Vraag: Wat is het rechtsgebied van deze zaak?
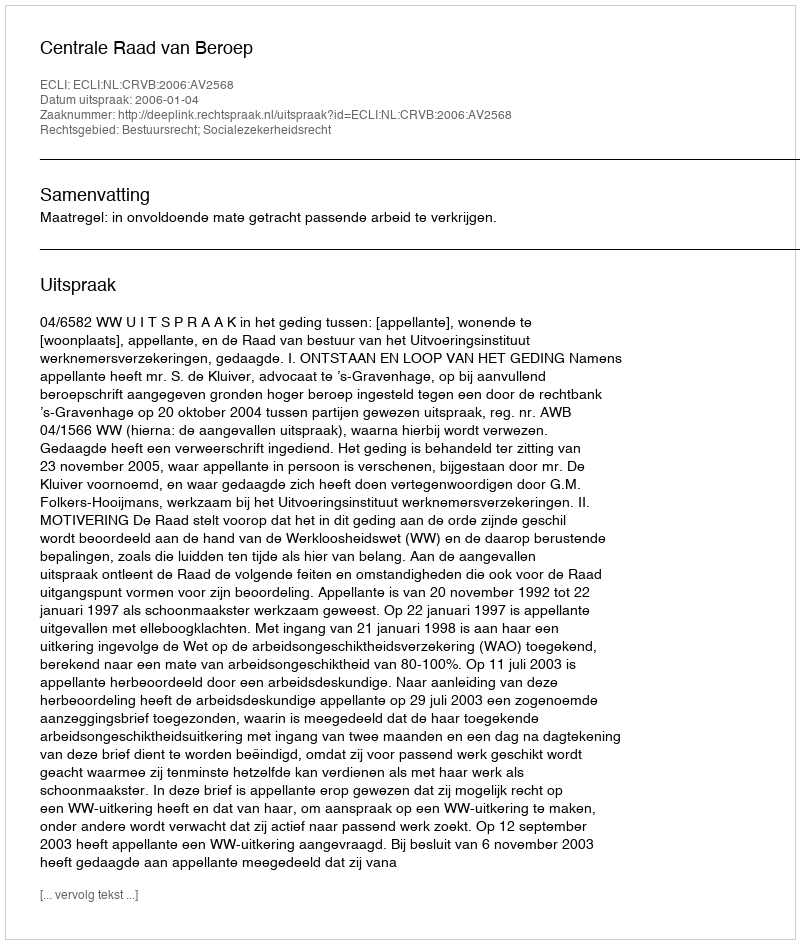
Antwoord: Bestuursrecht; Socialezekerheidsrecht